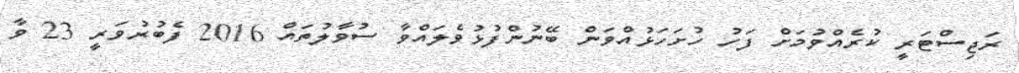
ރަޖިސްޓަރީ ކުރެއްވުމަށް ފަހު ހުށަހަޅުއްވަން ބޭނުންފުޅުވެލައްވާ ސުވާލުތައް 2016 ފެބުރުވަރީ 23 ވާ